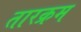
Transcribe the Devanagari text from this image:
तारक्रम